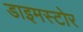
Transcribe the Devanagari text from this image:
डाइमस्टोर